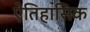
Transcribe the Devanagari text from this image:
ऐतिहासिक